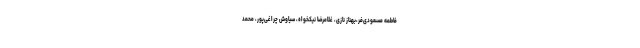
فاطمه مسعودی‌فر،بهناز نازی، غلامرضا نیکخواه، سیاوش چراغی‌پور، محمد